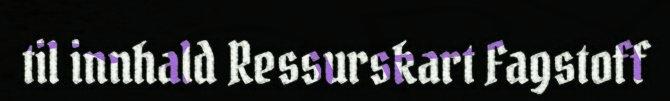
til innhald Ressurskart Fagstoff